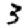
Digit: 3